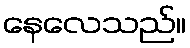
နေလေသည်။